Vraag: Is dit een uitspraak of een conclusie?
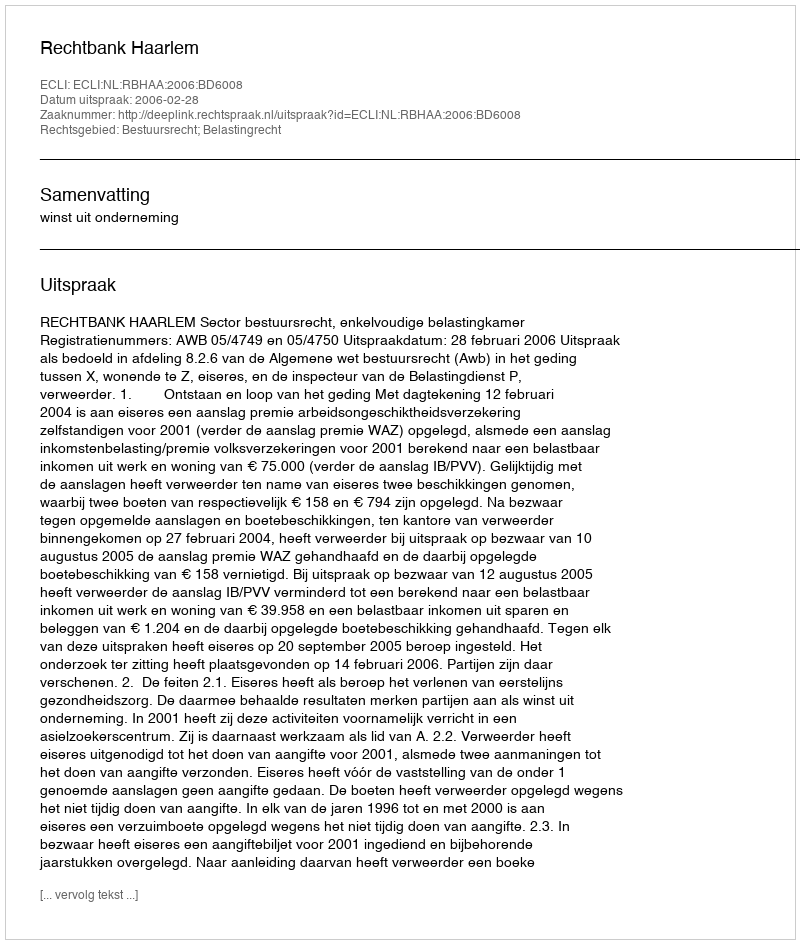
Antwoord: Uitspraak